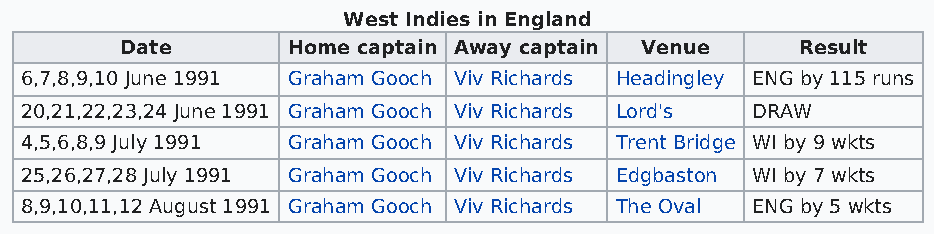
West Indies in England
 Date       Home captain Away captain Venue   Result
 6,7,8,9,10 June 1991 Graham Gooch Viv Richards Headingley ENG by 115 runs
 20,21,22,23,24 June 1991 Graham Gooch Viv Richards Lord's DRAW
 4,5,6,8,9 July 1991 Graham Gooch Viv Richards Trent Bridge WI by 9 wkts
 25,26,27,28 July 1991 Graham Gooch Viv Richards Edgbaston WI by 7 wkts
 8,9,10,11,12 August 1991 Graham Gooch Viv Richards The Oval ENG by 5 wkts